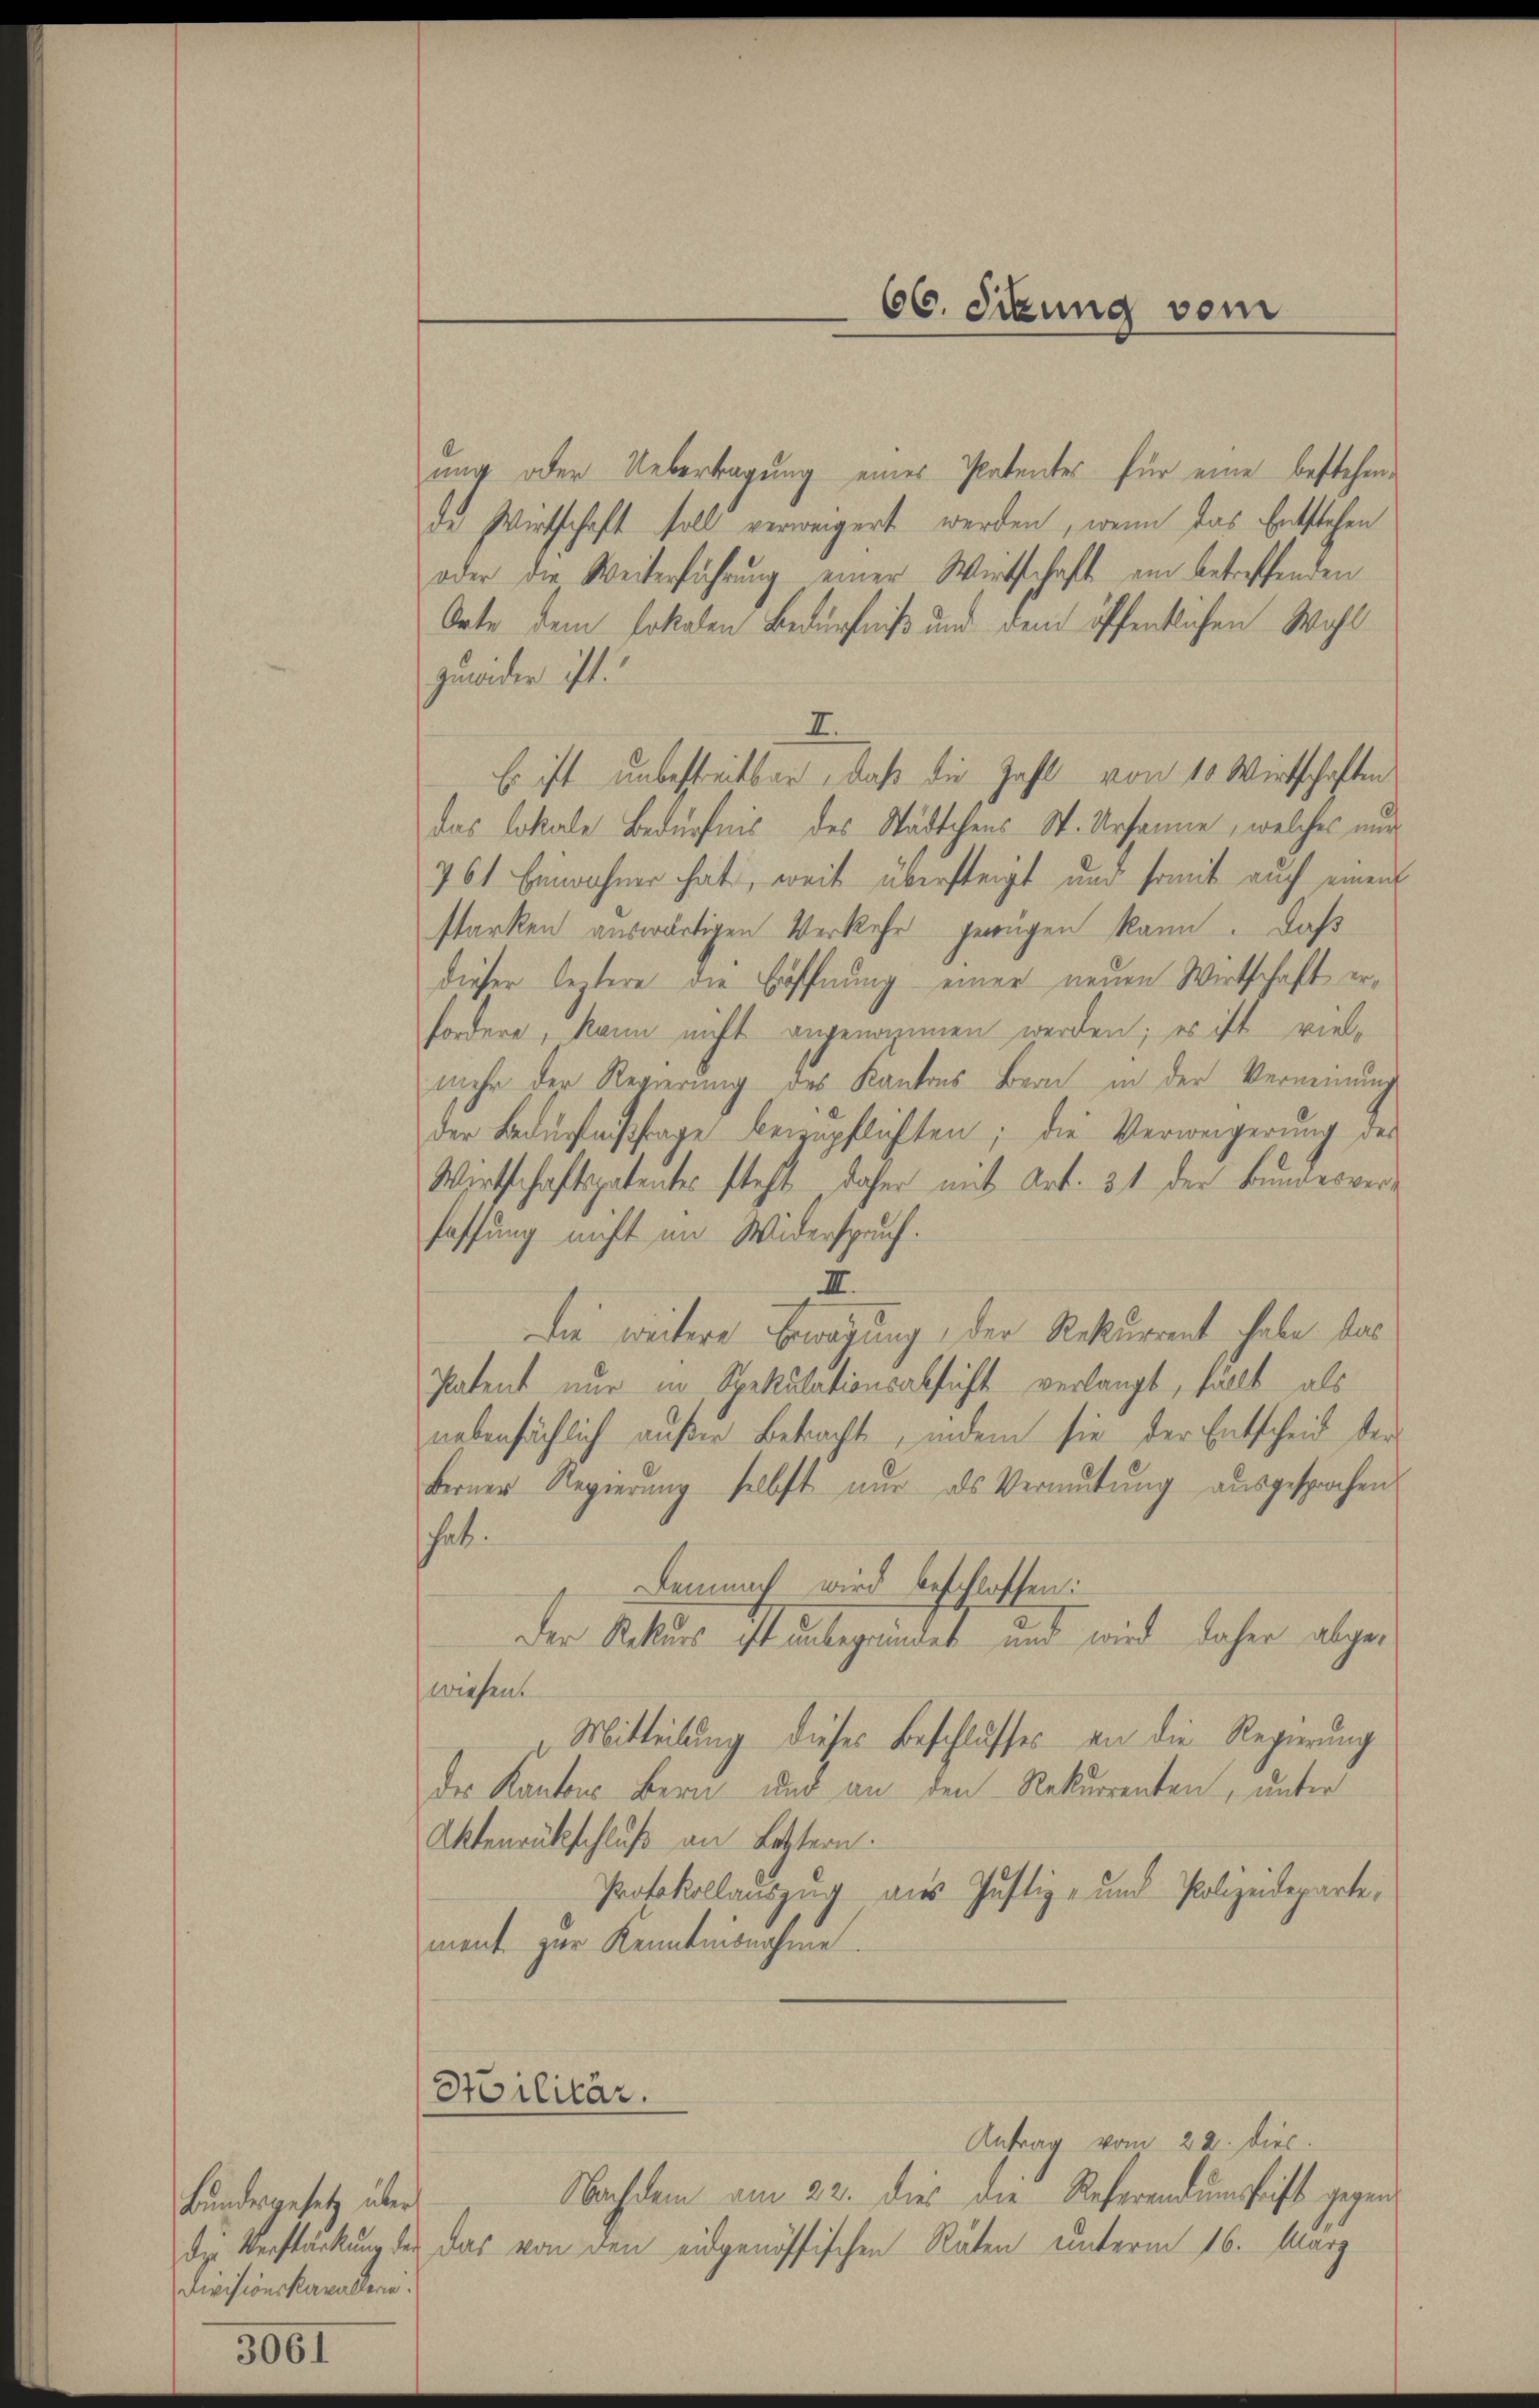
Bundesgesetz über
Divisionskavallerie.

3061

ung oder Uebertragung eines Patentes für eine bestehende Wirtschaft soll verweigert werden, wenn das Entstehen
oder die Weiterführung einer Wirtschaft am betreffenden
Orte dem Erkalen Bedürfniß und dem öffentlichen Wohl
zuwider ist.
I.
Es ist unbestreitbar, daß die Zahl von 10. Wirtschaften
das Lokale Bedürfnis des Städtchens St. Ursanne, welches nur
761. Einwohner heit, weit übersteigt und somit auch einem
starken auswärtigen Verkehr genügen kann. Daß
dieser leztere die Eröffnung einer neuen Wirtschaft erfordere, kann nicht angenommen werden; es ist viel-
mehr der Regierung des Kantons Bern in der Verneinung
der Bedürfnisfrage beizupflichten; die Verweigerung des
Wirtschaftspatentes steht daher mit Art. 31 der Bundesverhaffung nicht im Widerspruch.
III.
Die weitere Erwägung, der Rekurrent habe das
Patent nur in Spekulationsabsicht verlangt, fällt als
nebensächlich außer Betracht, indem sie der Entscheid der
berner Regierung selbst nur als Vermutung ausgesprochen
chat.
Demnach wird beschlossen:
Der Rekurs ist unbegründet und wird daher abgeswiesen.
Mitteilung dieses Beschlusses an die Regierung
der Kantons Bern und an den Rekurrenten, unter
Aktenrückschluß an Letztern.
Protokollauszug aus Justiz- und Polizeidepartement zur Kennternahme.

Silitär.

Antrag vom 22. diec.
Nachdem am 22. dies die Referendumsfrist gegendie Verstärkung der das von den eidgenössischen Räten unterm 16. März

60. Sekung vom